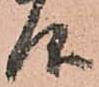
仰